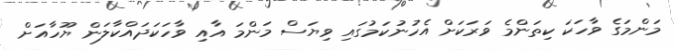
މަންމަގެ ވާހަކަ ކިތަންމެ ވަރަކަށް އެހުނުކަމުގައި ވިޔަސް މަންމަ އާއި ވާހަކަދައްކާލަން ޔޫހާއަށް